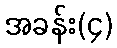
အခန်း(၄)